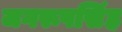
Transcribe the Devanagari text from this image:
जगरूपसिंह